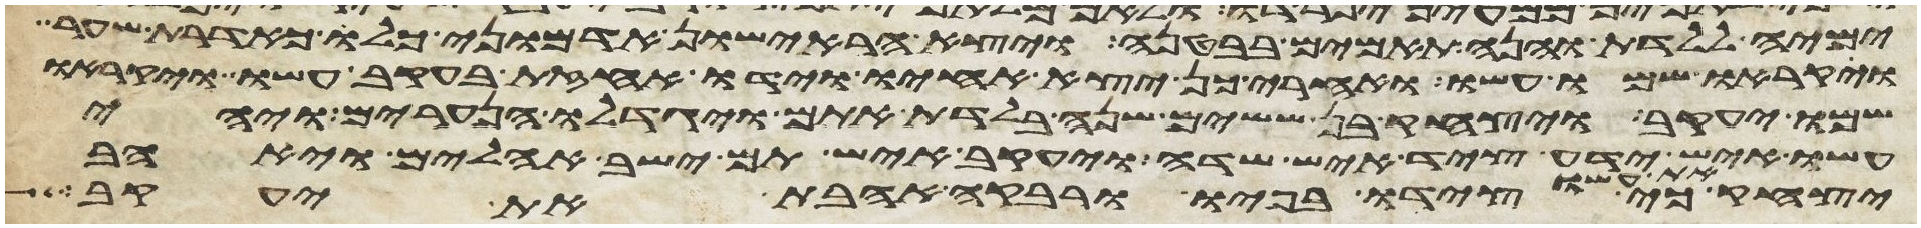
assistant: ימיה ללדת והנה תאמים בבטנה ויצא הראישון אדמוני כלו כאדרת שער
ויקראו שמו עשו ואחרי כן יצא אחיו וידו אחזת בעקב עשו ויקראו
שמו יעקב ויצחק בן ששים שנה בלדת אתם ויגדלו הנערים ויהי
עשו איש ידע ציד איש שדה ויעקב איש תם ישב אהלים ויאהב
כי צידו בפיו ורבקה אהבת את יעקב